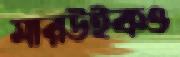
মারউইকও